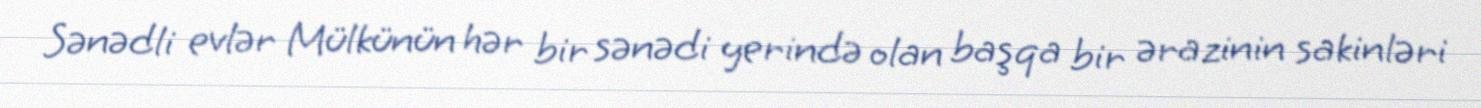
Sənədli evlər Mülkünün hər bir sənədi yerində olan başqa bir ərazinin sakinləri